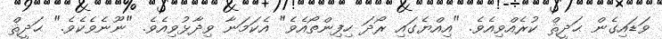
ވަޑައިގެން ޙަދީޘް ކުރެއްވިއެވެ. "އިއްޔެގައި ރޯދަ ހިފިންތޯއެވެ" އެކަމަނާ ވިދާޅުވިއެވެ. "ނޫނެވެކެވެ." ޙަދީޘް